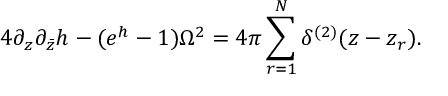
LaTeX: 4 \partial _ { z } \partial _ { \bar { z } } h - ( e ^ { h } - 1 ) \Omega ^ { 2 } = 4 \pi \sum _ { r = 1 } ^ { N } \delta ^ { ( 2 ) } ( z - z _ { r } ) .